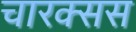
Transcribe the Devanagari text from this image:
चारक्सस